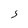
Character: S